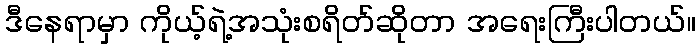
ဒီနေရာမှာ ကိုယ့်ရဲ့အသုံးစရိတ်ဆိုတာ အရေးကြီးပါတယ်။